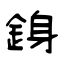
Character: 銵